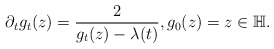
\begin{align*}\partial_t g_t(z) = \frac{2}{g_t(z) - \lambda(t)}, g_0(z) = z \in \mathbb{H}.\end{align*}